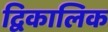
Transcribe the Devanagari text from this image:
द्विकालिक